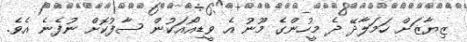
ޒިޔާޒަށް ހަމަލާދޭ ދެ މީހުންގެ މޫނު އެ ވީޑިއޯއަކުން ސާފުކޮށް ނުފެނެ އެވެ.